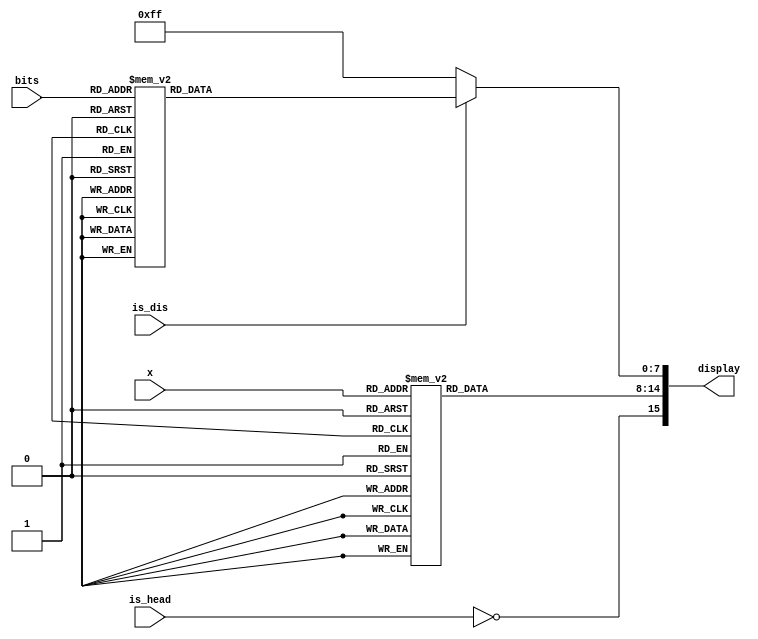
`timescale 1ns / 1ps
//////////////////////////////////////////////////////////////////////////////////
// Company: 
// Engineer: 
// 
// Design Name: 
// Module Name: bcd_decoder
// Project Name: 
// Target Devices: 
// Tool Versions: 
// Description: 
// 
// Dependencies: 
// 
// Revision:
// Revision 0.01 - File Created
// Additional Comments:
// 
//////////////////////////////////////////////////////////////////////////////////


module bcd_decoder(
    input is_dis,is_head,
    input [2:0]bits,
    input [3:0]x,
    output [15:0]display
    );
    reg [6:0]seg;
    wire dp;
    reg [7:0]an;
    assign display={dp,seg,an};//display[15]=dp,display[14:8]=seg,display[7:0]=an;
    always @ (x)
    begin
        case(x)
            4'b0000:seg = 7'b1000000;
            4'b0001:seg = 7'b1111001;
            4'b0010:seg = 7'b0100100;
            4'b0011:seg = 7'b0110000;
            4'b0100:seg = 7'b0011001;
            4'b0101:seg = 7'b0010010;
            4'b0110:seg = 7'b0000010;
            4'b0111:seg = 7'b1111000;
            4'b1000:seg = 7'b0000000;
            4'b1001:seg = 7'b0010000;
            default:seg = 7'b1111111;
        endcase
    end
    
    always @ (bits or is_dis)
    begin
        if (is_dis)
        begin
            case(bits)
                3'b000:an=8'b11111110;
                3'b001:an=8'b11111101;
                3'b010:an=8'b11111011;
                3'b011:an=8'b11110111;
                3'b100:an=8'b11101111;
                3'b101:an=8'b11011111;
                3'b110:an=8'b10111111;
                3'b111:an=8'b01111111;
            endcase
        end
        else
            an=8'b11111111;
    end
    
    assign dp=~is_head;
endmodule